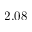
2 . 0 8